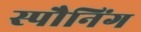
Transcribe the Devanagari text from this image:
स्पौनिंग